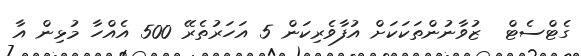
ގެޓްސެޓް  ޒުވާނުންތަކަކަށް އުފާވެރިކަން 5 އަހަރުތެރޭ 500 އެއްހާ މުޅިން އާ